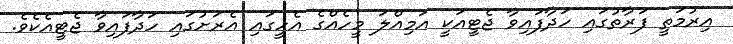
އިރުމަތީ ފަރާތުގައި ހަދާފައިވާ ޖެޓީއަކީ އަމިއްލަ މީހެއްގެ އެހީގައި އެރަށުގައި ހަދާފައިވާ ޖެޓީއެކެވެ.